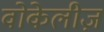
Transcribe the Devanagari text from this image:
वोकेलीज़